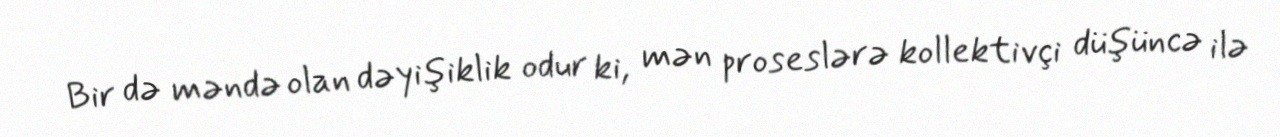
Bir də məndə olan dəyişiklik odur ki, mən proseslərə kollektivçi düşüncə ilə